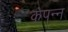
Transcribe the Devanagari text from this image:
कंपन्न